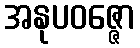
အနုပဝဇ္ဇော